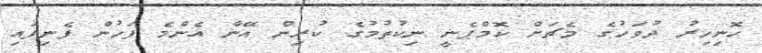
ހޮނިހިރު ދުވަހުގެ މެޗަށް ކޮމްޕެނީ ނިކުތުމުގެ ކުރިން އޭނާ އެންމެ ފަހުން ފެނިފައި